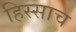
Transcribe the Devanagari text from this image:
हिस्साच